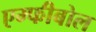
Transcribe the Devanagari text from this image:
एम्फीबोल